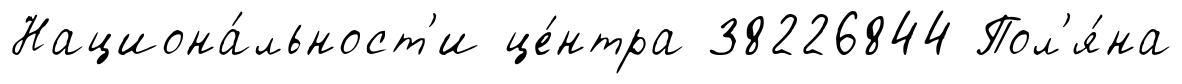
Национа́льност'и це́нтра 38226844 Пол'я́на